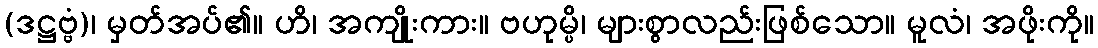
(ဒဋ္ဌဗ္ဗံ)၊ မှတ်အပ်၏။ ဟိ၊ အကျိုးကား။ ဗဟုမ္ပိ၊ များစွာလည်းဖြစ်သော။ မူလံ၊ အဖိုးကို။